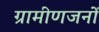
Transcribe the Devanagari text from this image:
ग्रामीणजनों